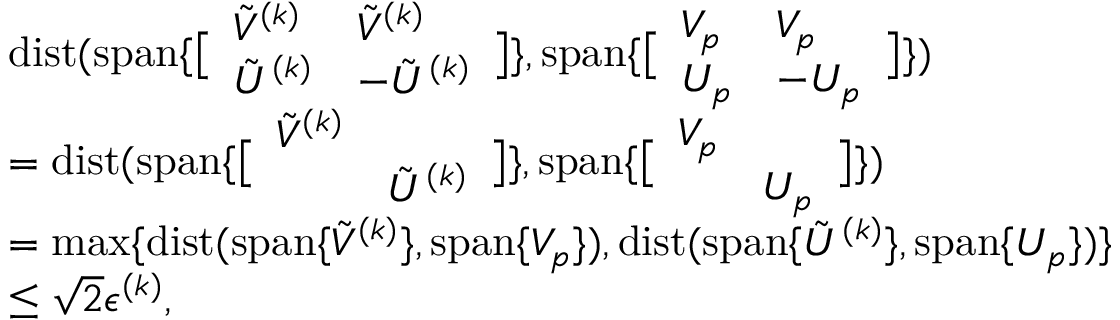
\begin{array} { r l } & { { \mathrm { d i s t } } ( { \mathrm { s p a n } } \{ \bigl [ \begin{array} { l l } { \tilde { V } ^ { ( k ) } } & { \tilde { V } ^ { ( k ) } } \\ { \tilde { U } ^ { ( k ) } } & { - \tilde { U } ^ { ( k ) } } \end{array} \bigr ] \} , { \mathrm { s p a n } } \{ \bigl [ \begin{array} { l l } { V _ { p } } & { V _ { p } } \\ { U _ { p } } & { - U _ { p } } \end{array} \bigr ] \} ) } \\ & { = { \mathrm { d i s t } } ( { \mathrm { s p a n } } \{ \bigl [ \begin{array} { l l } { \tilde { V } ^ { ( k ) } } & \\ & { \tilde { U } ^ { ( k ) } } \end{array} \bigr ] \} , { \mathrm { s p a n } } \{ \bigl [ \begin{array} { l l } { V _ { p } } & \\ & { U _ { p } } \end{array} \bigr ] \} ) } \\ & { = \operatorname* { m a x } \{ \mathrm { d i s t } ( { \mathrm { s p a n } } \{ \tilde { V } ^ { ( k ) } \} , { \mathrm { s p a n } } \{ V _ { p } \} ) , \mathrm { d i s t } ( \mathrm { s p a n } \{ \tilde { U } ^ { ( k ) } \} , { \mathrm { s p a n } } \{ U _ { p } \} ) \} } \\ & { \leq \sqrt { 2 } \epsilon ^ { ( k ) } , } \end{array}